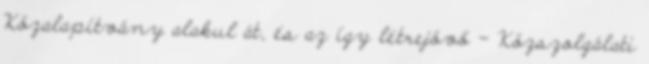
Közalapítvány alakul át, és az így létrejövő – Közszolgálati